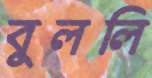
বুললি